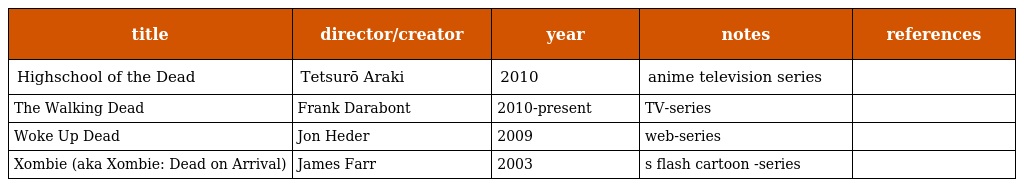
| title | director/creator | year | notes | references |
 | --- | --- | --- | --- | --- |
 | Highschool of the Dead | Tetsurō Araki | 2010 | anime television series |  |
 | The Walking Dead | Frank Darabont | 2010-present | TV-series |  |
 | Woke Up Dead | Jon Heder | 2009 | web-series |  |
 | Xombie (aka Xombie: Dead on Arrival) | James Farr | 2003 | s flash cartoon -series |  |